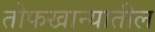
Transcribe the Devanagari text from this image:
तोफखान्यातील